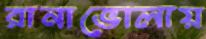
রানাভোলায়